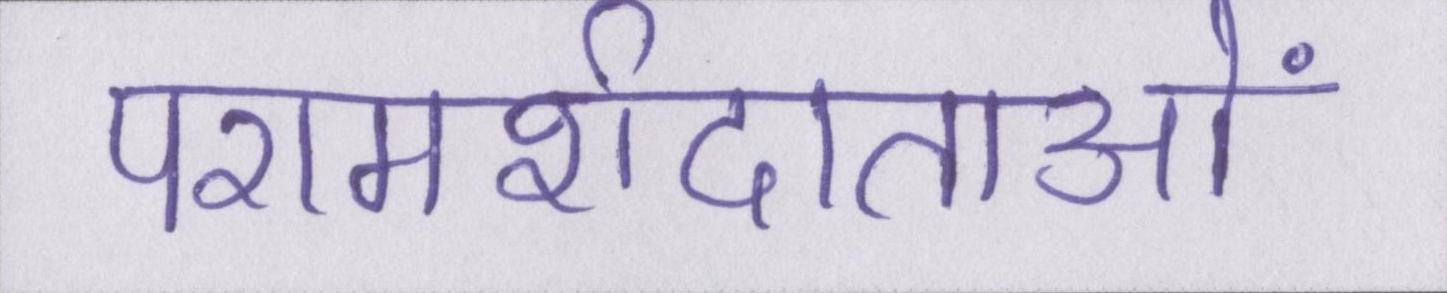
परामर्शदाताओं